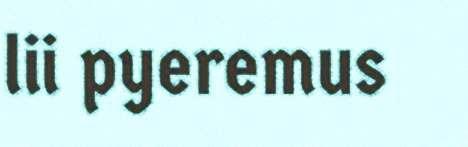
lii pyeremus